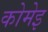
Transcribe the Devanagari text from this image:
कोमेइ